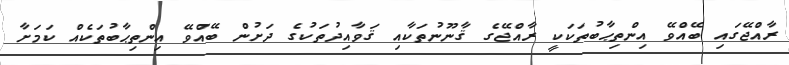
ރާއްޖޭގައި ބޭއްވޭ އިންތިޙާބުތަކަކީ ރާއްޖޭގެ ޤާނޫނުތަކާއި ޤަވާއިދުތަކުގެ ދަށުން ބޭއްވޭ އިންތިޙާބުތަކެއް ކަމަށާ